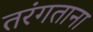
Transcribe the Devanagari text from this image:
तरंगताना